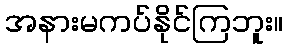
အနားမကပ်နိုင်ကြဘူး။